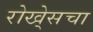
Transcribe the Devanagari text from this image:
रोखे्सचा